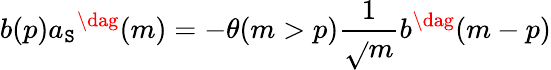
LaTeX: b(p)a_{\mathtt{S}}{}^{\dag}(m)=-\theta(m>p)\frac{{1}}{{\sqrt{}{{m}}}}b^{\dag}(m-p)